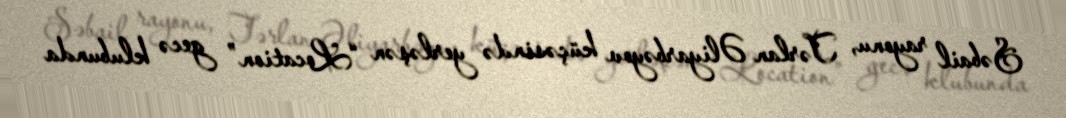
Səbail rayonu, Tərlan Əliyarbəyov küçəsində yerləşən “Location” gecə klubunda